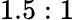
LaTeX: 1.5:1